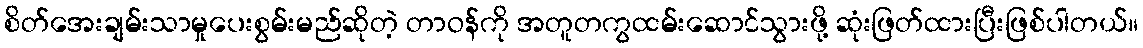
စိတ်အေးချမ်းသာမှုပေးစွမ်းမည်ဆိုတဲ့ တာဝန်ကို အတူတကွထမ်းဆောင်သွားဖို့ ဆုံးဖြတ်ထားပြီးဖြစ်ပါတယ်။